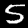
Digit: 5